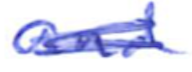
Text: and
Cross-out: scratch
Writing tool: ballpoint